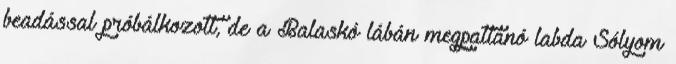
beadással próbálkozott, de a Balaskó lábán megpattanó labda Sólyom